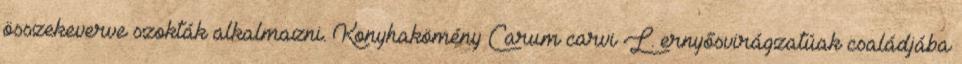
összekeverve szokták alkalmazni. Konyhakömény Carum carvi L. ernyősvirágzatúak családjába